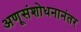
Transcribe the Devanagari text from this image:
अणूसंशोधनानंतर